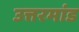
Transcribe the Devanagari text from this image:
उत्तरमांड